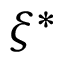
\xi ^ { * }